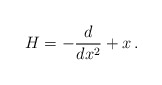
\begin{align*}H = -\frac{d}{dx^2} + x\,.\end{align*}